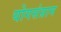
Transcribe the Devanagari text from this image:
योगसंग्राम